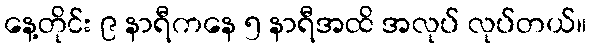
နေ့တိုင်း ၉ နာရီကနေ ၅ နာရီအထိ အလုပ် လုပ်တယ်။